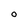
Character: O